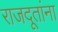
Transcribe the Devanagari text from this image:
राजदूतांना